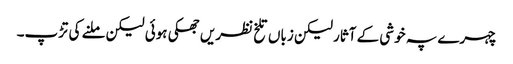
چہرے پہ خوشی کے آثار لیکن زباں تلخ نظریں جھکی ہوئی لیکن ملنے کی تڑپ۔